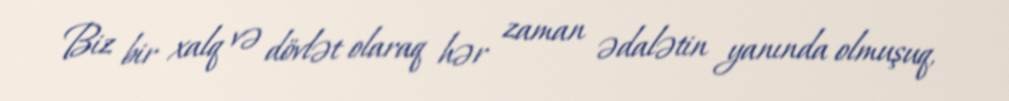
Biz bir xalq və dövlət olaraq hər zaman ədalətin yanında olmuşuq,